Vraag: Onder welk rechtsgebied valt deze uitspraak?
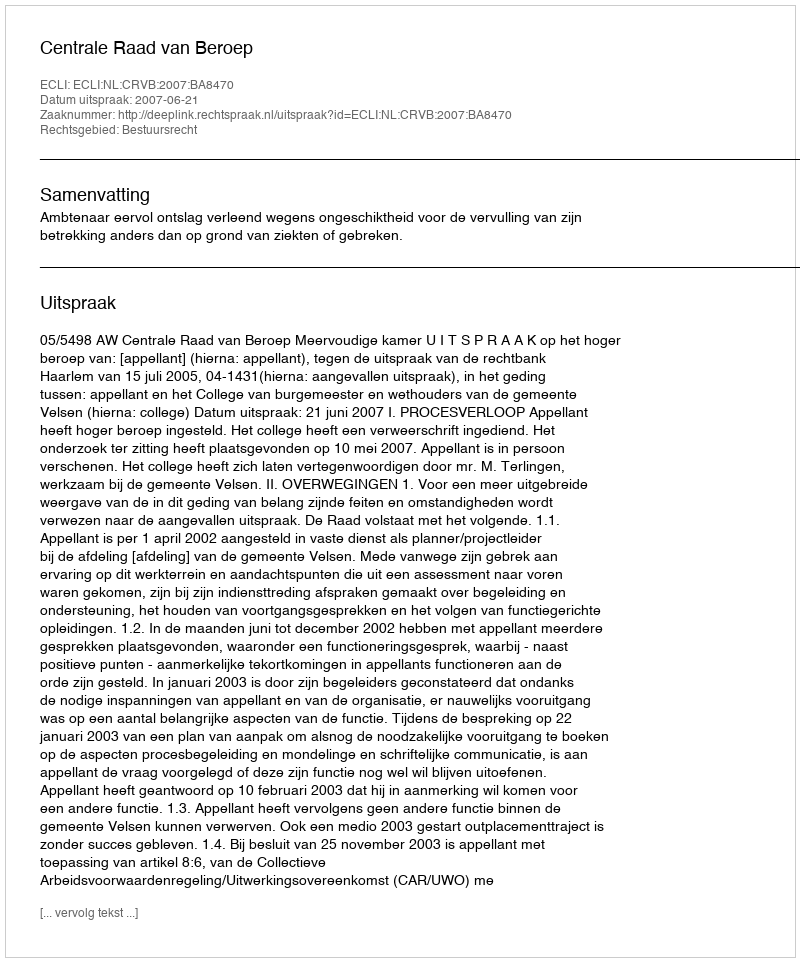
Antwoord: Bestuursrecht